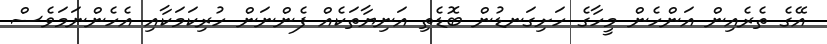
އޭގެ ތެރެއިން އަންހެން މީހާގެ ހަށިގަނޑުން ބޮޑެތި އަނިޔާތަކެއް ފެންނަން ހުރިކަމަކާއި އެހެންނަމަވެސް